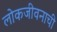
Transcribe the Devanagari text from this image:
लोकजीवनाची